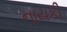
નાયકી